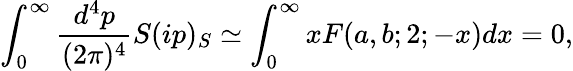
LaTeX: \int_{0}^{\infty}\frac{d^{4}p}{(2\pi)^{4}}S(ip)_{S}\simeq\int_{0}^{\infty}xF(a,b;2;-x)dx=0,